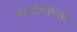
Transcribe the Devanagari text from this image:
मराठीभाषेसह